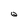
Character: Q